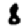
Digit: 8